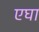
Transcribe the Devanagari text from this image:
एघा